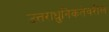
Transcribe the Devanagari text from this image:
उत्तराधुनिकतेवरील